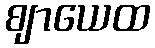
ဈာယေထ